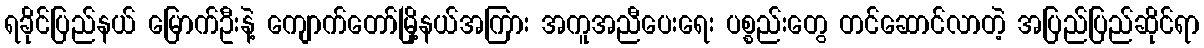
ရခိုင်ပြည်နယ် မြောက်ဦးနဲ့ ကျောက်တော်မြို့နယ်အကြား အကူအညီပေးရေး ပစ္စည်းတွေ တင်ဆောင်လာတဲ့ အပြည်ပြည်ဆိုင်ရာ